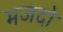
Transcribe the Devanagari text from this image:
भजदो